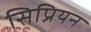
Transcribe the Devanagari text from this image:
सिप्रियन